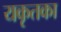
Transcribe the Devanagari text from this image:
यकृतका